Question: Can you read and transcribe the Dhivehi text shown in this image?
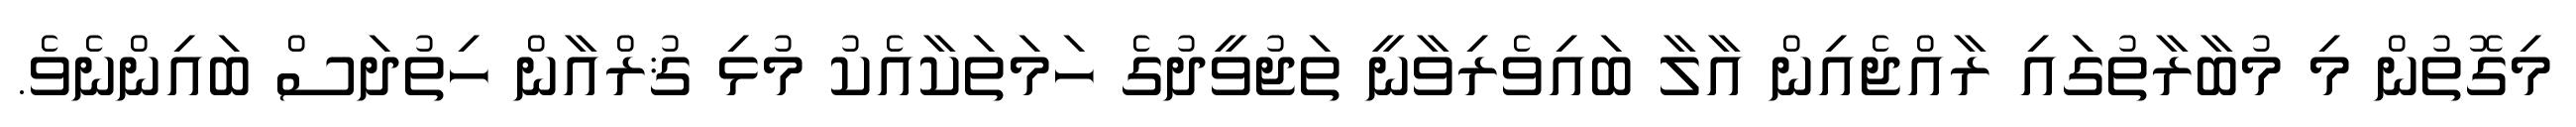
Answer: މިގޮތުން މި މުބާރާތުގައި ރާއްޖެއިން އާލާ ބައިވެރިވާނީ ތަޖުވީދުގެ ހަމަތަކާއެކު މުޅި ޤުރްއާން ހިތުދަސް ބައިންނެވެ.